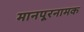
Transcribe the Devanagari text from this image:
मानपूरनामक